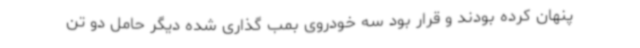
پنهان کرده بودند و قرار بود سه خودروی بمب گذاری شده دیگر حامل دو تن